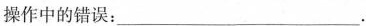
操作中的错误：___.